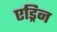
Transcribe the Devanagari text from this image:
एड्रिन